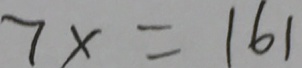
7 x = 1 6 1